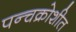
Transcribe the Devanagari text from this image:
पन्चक्रोशीत